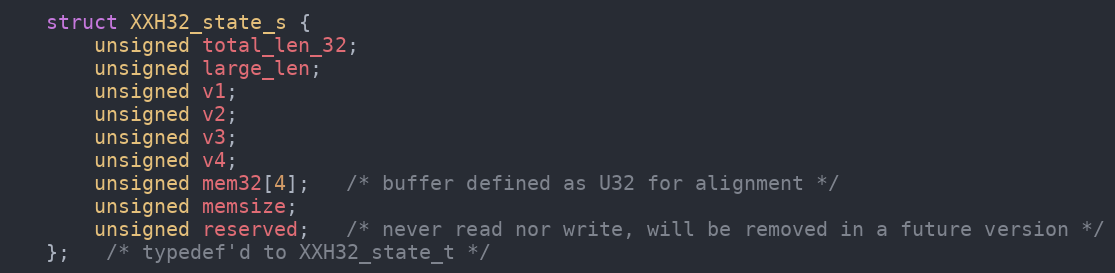
Language: C
   struct XXH32_state_s {
       unsigned total_len_32;
       unsigned large_len;
       unsigned v1;
       unsigned v2;
       unsigned v3;
       unsigned v4;
       unsigned mem32[4];   /* buffer defined as U32 for alignment */
       unsigned memsize;
       unsigned reserved;   /* never read nor write, will be removed in a future version */
   };   /* typedef'd to XXH32_state_t */